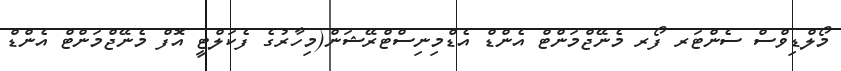
މޯލްޑިވްސް ސެންޓަރ ފޯރ މެނޭޖްމަންޓް އެންޑް އެޑްމިނިސްޓްރޭޝަން(މިހާރުގެ ފެކަލްޓީ އޮފް މެނޭޖްމަންޓް އެންޑް